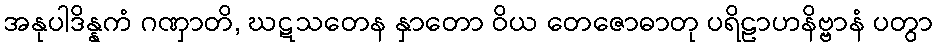
အနုပါဒိန္နကံ ဂဏှာတိ, ဃဋသတေန နှာတော ဝိယ တေဇောဓာတု ပရိဠာဟနိဗ္ဗာနံ ပတွာ